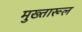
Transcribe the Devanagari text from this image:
मुख्तारूल